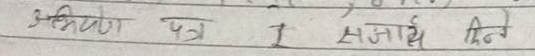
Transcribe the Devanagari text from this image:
अभियुक्त पत्र 1 संधार्थ दिने